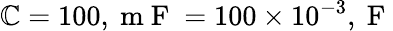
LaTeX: \mathbb{C}=100,\mathrm{{~m~F~}}=100\times10^{-3},\mathrm{{~F~}}